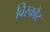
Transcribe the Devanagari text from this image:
विस्कौंट